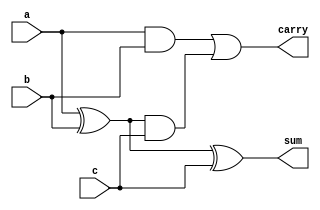
//full adder FA.v
module fa ( a, b, c, sum, carry);
    input a, b, c;
    output sum, carry ;
    wire s1, c1, c2; //internal

    xor(s1, a, b);
    xor(sum, s1, c);
    and(c2, s1, c);
    and(c1, a, b);
    or(carry, c1, c2);
endmodule